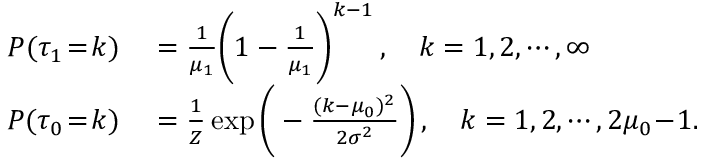
\begin{array} { r l } { P ( \tau _ { 1 } \! = \! k ) } & { { } = \frac { 1 } { \mu _ { 1 } } \bigg ( 1 - \frac { 1 } { \mu _ { 1 } } \bigg ) ^ { k - 1 } \, , \quad k = 1 , 2 , \cdots , \infty } \\ { P ( \tau _ { 0 } \! = \! k ) } & { { } = \frac { 1 } { Z } \exp \bigg ( - \frac { ( k - \mu _ { 0 } ) ^ { 2 } } { 2 \sigma ^ { 2 } } \bigg ) \, , \quad k = 1 , 2 , \cdots , 2 \mu _ { 0 } \! - \! 1 . } \end{array}